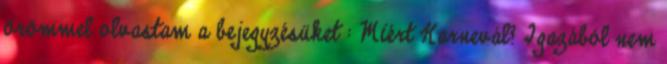
örömmel olvastam a bejegyzésüket : Miért Karnevál? Igazából nem